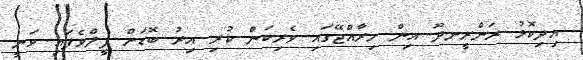
އިދިކޮޅު ރަންރީނދޫ އިން މިރާއްޖޭގައި ވެރިކަން ކުރި އިރު ބޮޑަށް ފީލްވެފައި ވަނީ